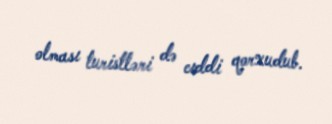
olması turistləri də cıddi qorxudub.